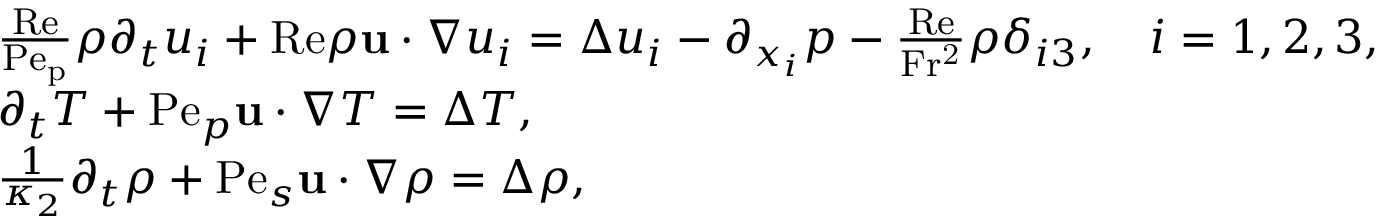
\begin{array} { r l } & { \frac { \mathrm { R e } } { \mathrm { P e _ { p } } } \rho \partial _ { t } u _ { i } + \mathrm { R e } \rho \mathbf { u } \cdot \nabla u _ { i } = \Delta u _ { i } - \partial _ { x _ { i } } p - \frac { \mathrm { R e } } { \mathrm { F r ^ { 2 } } } \rho \delta _ { i 3 } , \quad i = 1 , 2 , 3 , } \\ & { \partial _ { t } T + \mathrm { P e } _ { p } \mathbf { u } \cdot \nabla T = \Delta T , } \\ & { \frac { 1 } { \kappa _ { 2 } } \partial _ { t } \rho + \mathrm { P e } _ { s } \mathbf { u } \cdot \nabla \rho = \Delta \rho , } \end{array}